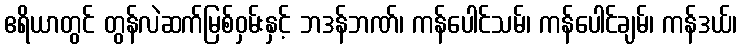
ဧရိယာတွင် တွန်လဲဆက်မြစ်ဝှမ်းနှင့် ဘဒန်ဘဏ်၊ ကန်ပေါင်သမ်၊ ကန်ပေါင်ချမ်၊ ကန်ဒယ်၊